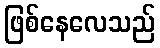
ဖြစ်နေလေသည်